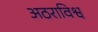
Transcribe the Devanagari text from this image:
अठराविश्व